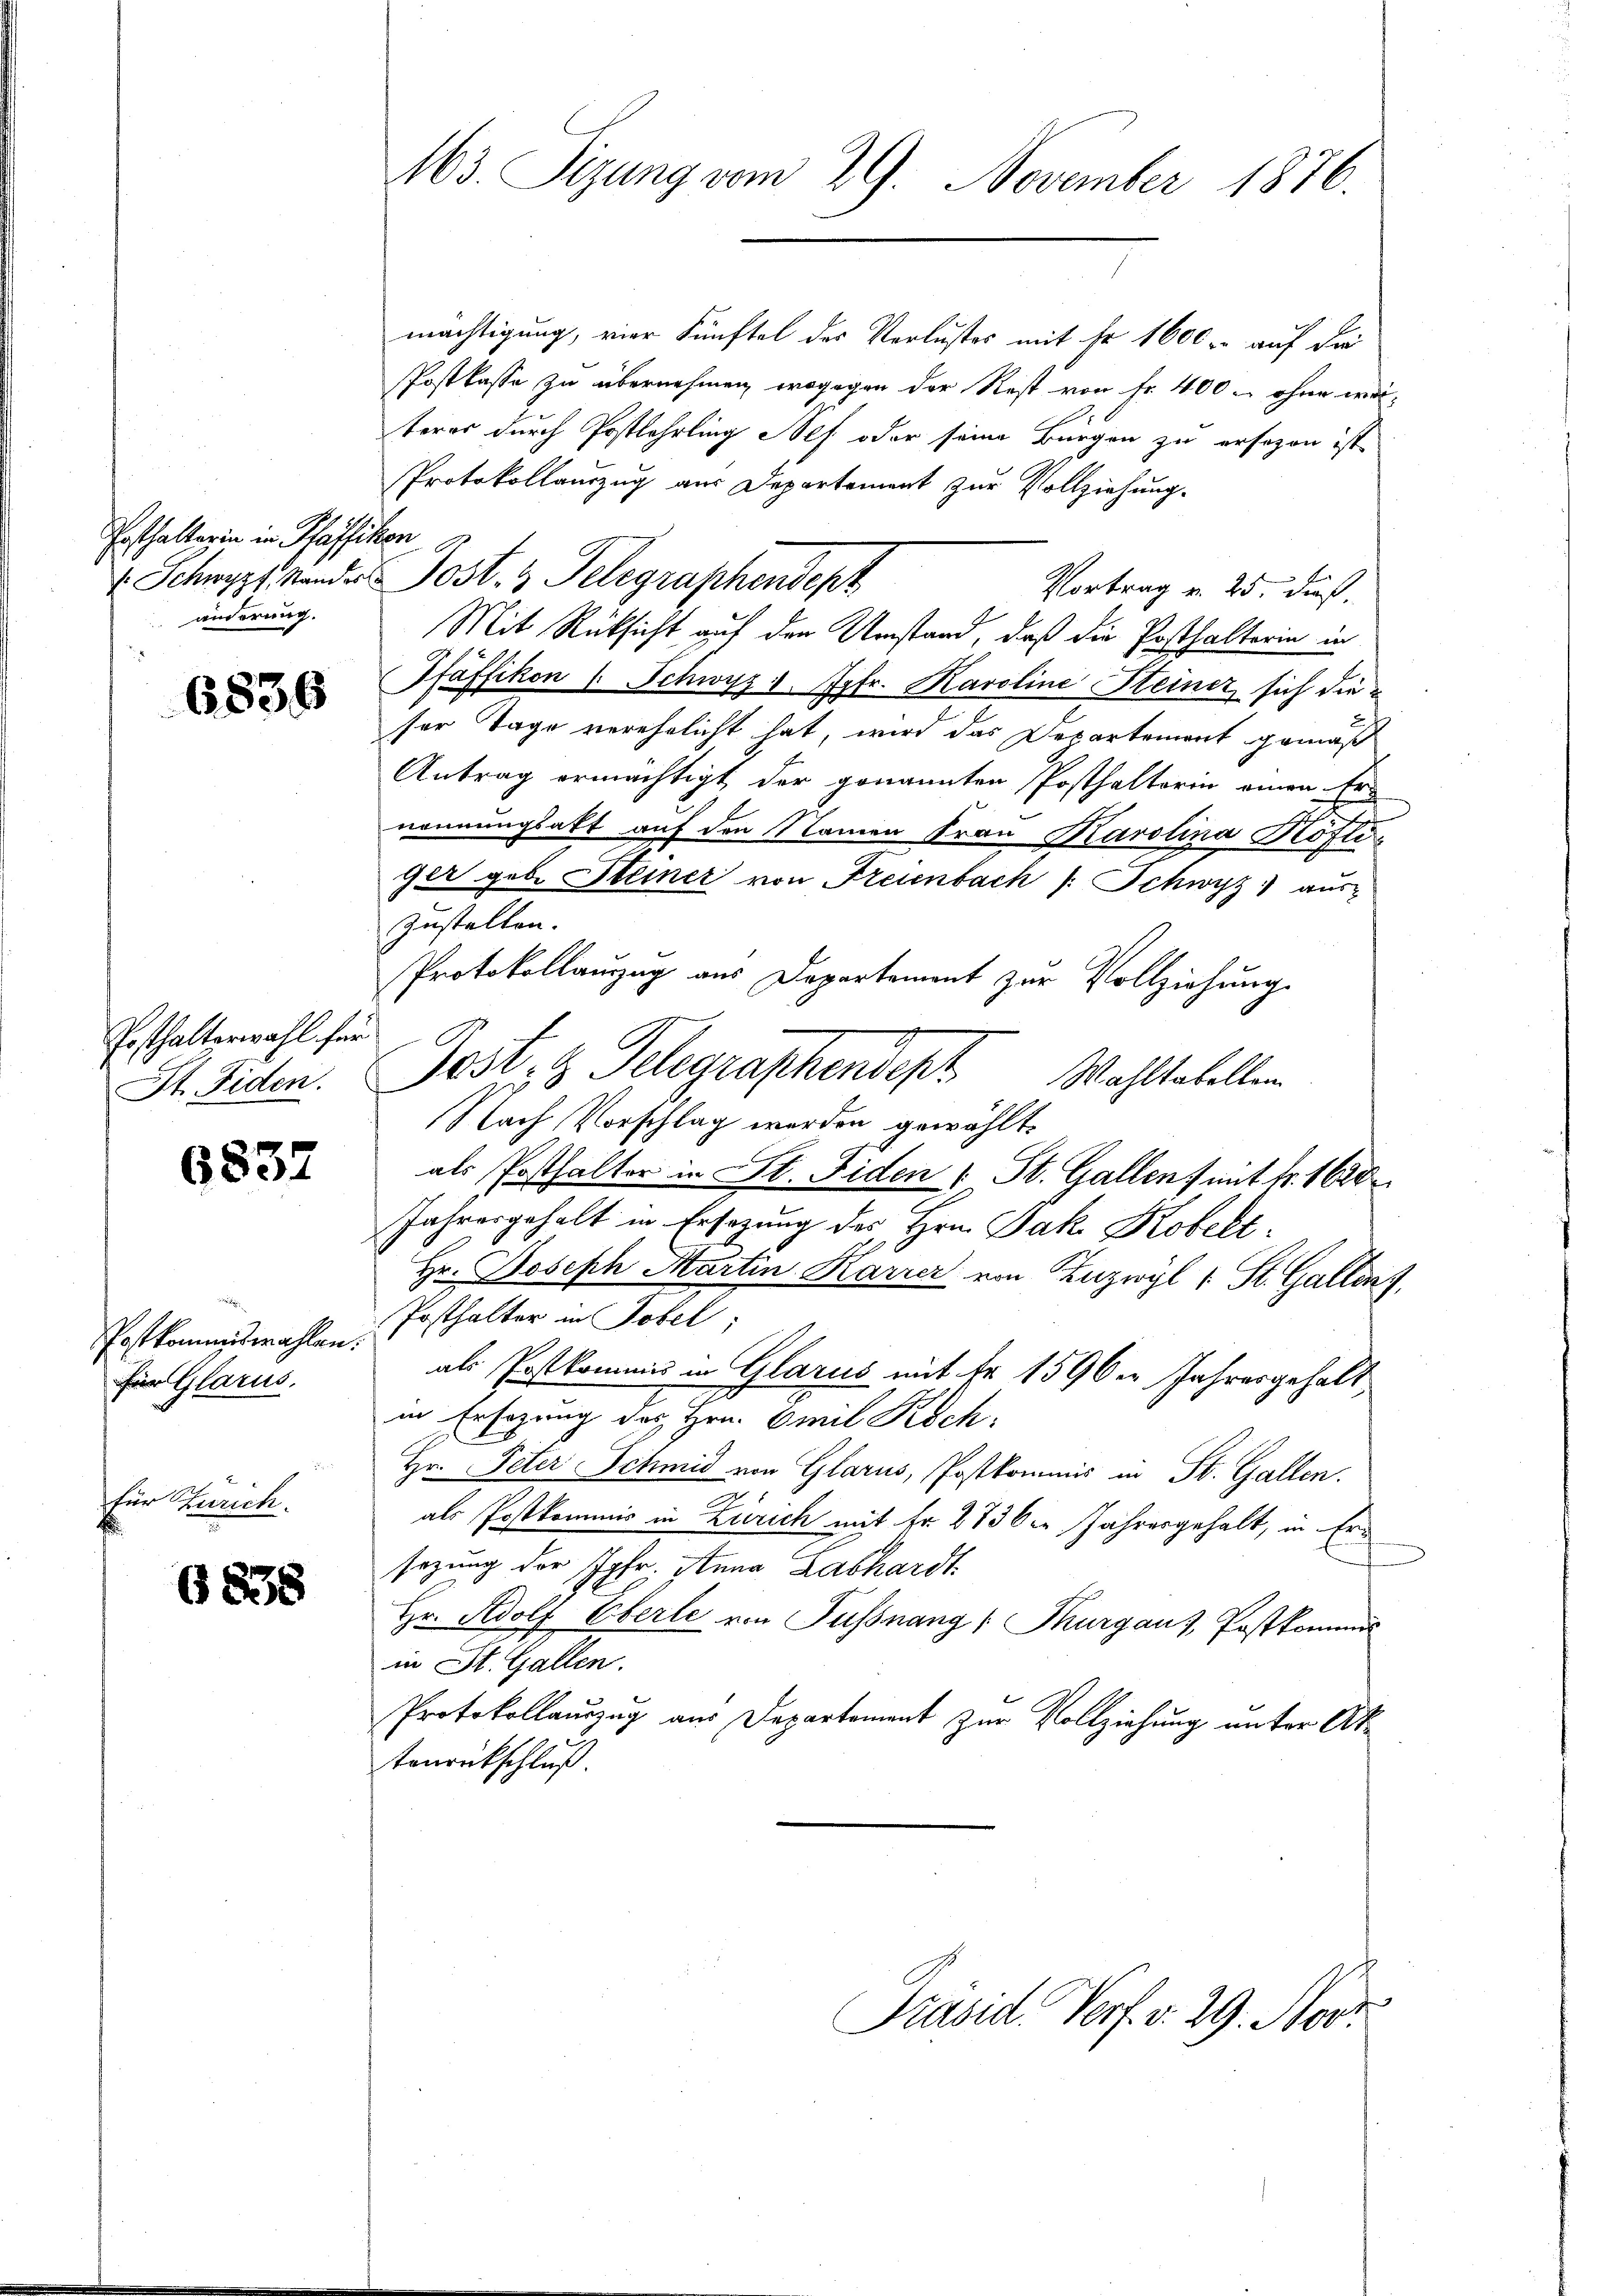
Posthalterin in Schaffen
v. Schwyzt Stander
änderung.

6836

Posthalterwahl für
St. Fiden.

6837

Postkommiswahlen.
für Glarus.

für Zürich.

G838

163. Sizung vom 29. November 1876.

mächtigung, vier Künftel des Verlustes mit Fr. 1600 auf die
Postkasse zu übernehmen, wogegen der Rest von Fr. 400 ohne wer-
teres durch Postlehrling es oder seine Bürgen zu ersagen ist,
Protokollauszug aus Departement zur Vollziehung.
n
Post. 3 Telegraphendept
Vortrag v. 25. dieß.
Mit Rücksicht auf den Umstand, daß die Posthalterin in
Pfäffikon 1 Schwyz 1. Jgfr. Karoline Heiner sich die
ser Tage verehelicht hat, wird das Departement gemäß
Antrag ermächtigt der genannten Posthalterin einen Er-
nennungsakt auf den Namen Frau Karolina Köftiger geb. Steiner von Freienbach /: Schwyz) aus-
zustellen.
Protokollauszug aus Departement zur Vollziehung.
Nach Vorschlag werden gewählte
als Posthalter in St. Fiden 1 St. Gallen mit fr. 1620
Jahresgehalt in Ersezung des Hrn. Jak. Kobelt¬
Hr. Joseph Martin Karrer von Zuzwyl 1 St. Gallenz,
Posthalter in Tobel;
als Postkommis in Glarus mit fr. 1590er Jahresgehalt
in Ersezung des Hrn. Emil Koch,
Hr. Peter Schmid von Glarus, Postkommis in St. Gallen.
als Postkommis in Zürich mit Fr. 273 der Jahresgehalt, in Ersezung der Jgfr. Anna Labhardt
Hr. Adolf Eberle von Fussnang (Thurgaus, Postkommis
in St. Gallen.
Protokollauszug aus Departement zur Vollziehung unter Aktonrückschluß

Jost, z. Telegraphendest. Wahltabellen

Präsid. Vorf. v. 29. Nov.